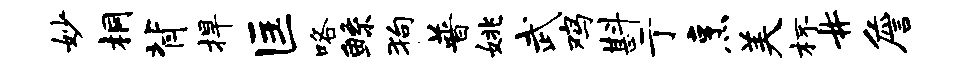
妙桐背捍匡咯鲧狗普姚武鸡斟亍烹美杯#詹